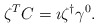
\begin{align*}\zeta^T C = \imath \zeta^{\dagger} \gamma^0.\end{align*}